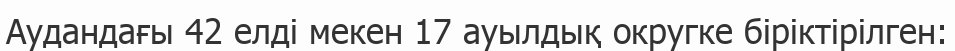
Аудандағы 42 елді мекен 17 ауылдық округке біріктірілген: